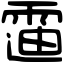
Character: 䨤